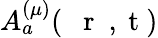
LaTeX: A_{a}^{(\mu)}(\mathrm{~{~\mathbf~r~}~,~t~})